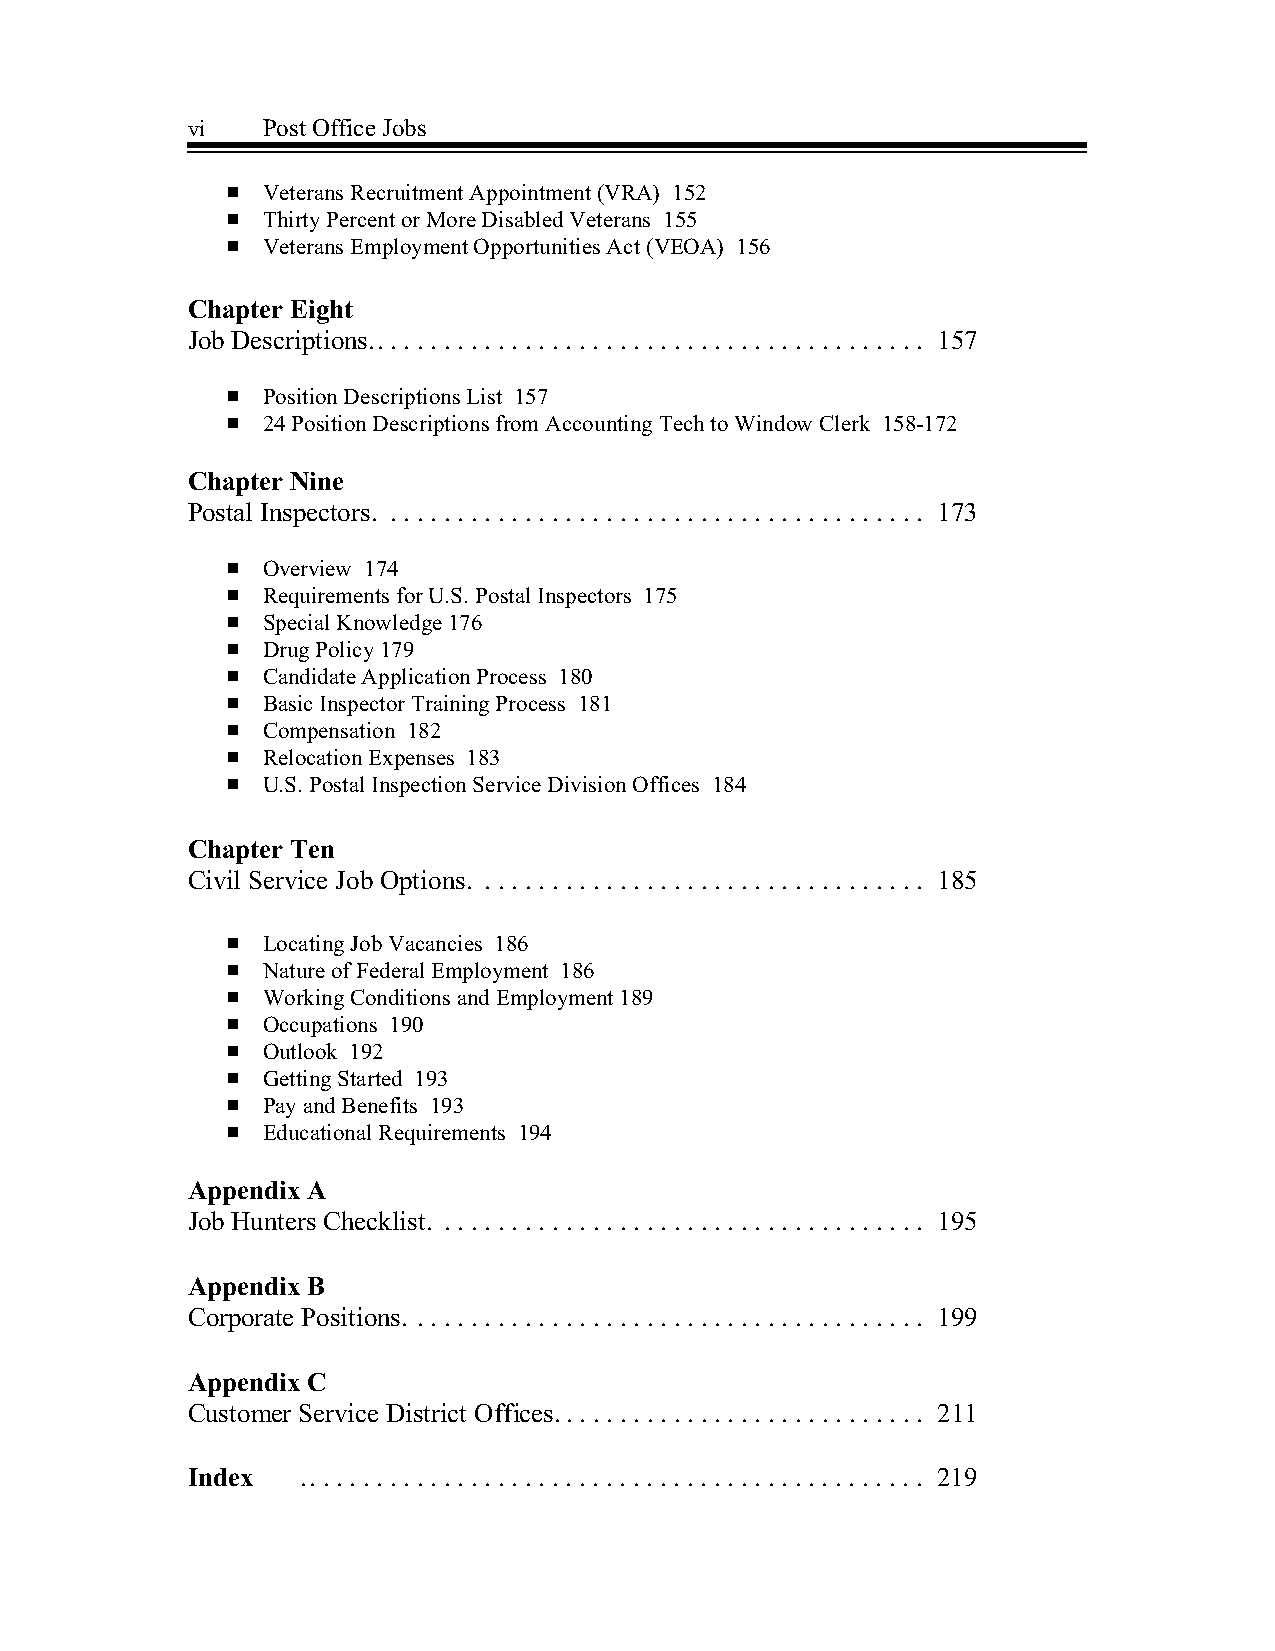
vi   Post Office Jobs
 # Veterans Recruitment Appointment (VRA) 152
 # Thirty Percent or More Disabled Veterans 155
 # Veterans Employment Opportunities Act (VEOA) 156
 Chapter Eight
 Job Descriptions.. . . . . . . . . . . . . . . . . . . . . . . . . . . . . . . . . . . . . . . . . 157
 # Position Descriptions List 157
 # 24 Position Descriptions from Accounting Tech to Window Clerk 158-172
 Chapter Nine
 Postal Inspectors. . . . . . . . . . . . . . . . . . . . . . . . . . . . . . . . . . . . . . . . . 173
 # Overview 174
 # Requirements for U.S. Postal Inspectors 175
 # Special Knowledge 176
 # Drug Policy 179
 # Candidate Application Process 180
 # Basic Inspector Training Process 181
 # Compensation 182
 # Relocation Expenses 183
 # U.S. Postal Inspection Service Division Offices 184
 Chapter Ten
 Civil Service Job Options. . . . . . . . . . . . . . . . . . . . . . . . . . . . . . . . . . 185
 # Locating Job Vacancies 186
 # Nature of Federal Employment 186
 # Working Conditions and Employment 189
 # Occupations 190
 # Outlook 192
 # Getting Started 193
 # Pay and Benefits 193
 # Educational Requirements 194
 Appendix A
 Job Hunters Checklist. . . . . . . . . . . . . . . . . . . . . . . . . . . . . . . . . . . . . 195
 Appendix B
 Corporate Positions. . . . . . . . . . . . . . . . . . . . . . . . . . . . . . . . . . . . . . . 199
 Appendix C
 Customer Service District Offices.. . . . . . . . . . . . . . . . . . . . . . . . . . . 211
 Index   .. . . . . . . . . . . . . . . . . . . . . . . . . . . . . . . . . . . . . . . . . . . . . . 219